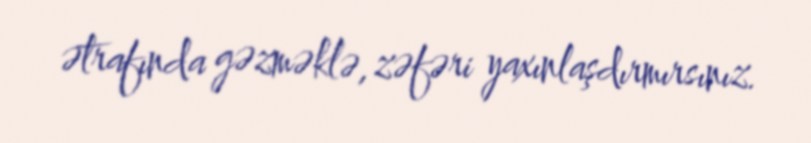
ətrafında gəzməklə, zəfəri yaxınlaşdırmırsınız.